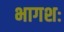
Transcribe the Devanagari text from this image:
भागशः